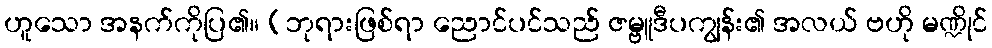
ဟူသော အနက်ကိုပြ၏။ (ဘုရားဖြစ်ရာ ညောင်ပင်သည် ဇမ္ဗူဒီပကျွန်း၏ အလယ် ဗဟို မဏ္ဍိုင်